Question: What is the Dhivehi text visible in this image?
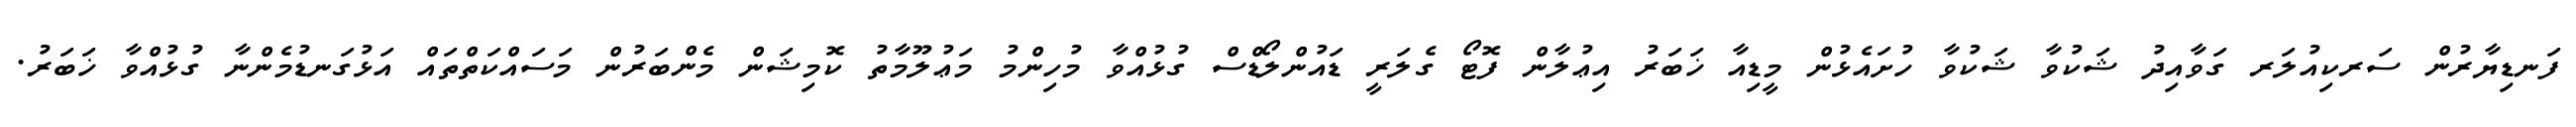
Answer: ފަނޑިޔާރުން ސަރކިއުލަރ ގަވާއިދު ޝަކުވާ ޝަކުވާ ހުށައެޅުން މީޑިއާ ޚަބަރު އިޢުލާން ފޮޓޯ ގެލަރީ ޑައުންލޯޑްސް ގުޅުއްވާ މުހިންމު މަޢުލޫމާތު ކޮމިޝަން މެންބަރުން މަސައްކަތްތައް އަޅުގަނޑުމެންނާ ގުޅުއްވާ ޚަބަރު.